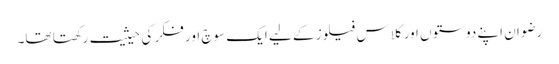
رضوان اپنے دوستوں اور کلاس فیلوز کے لیے ایک سوچ اور فکر کی حیثیت رکھتا تھا۔